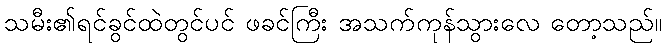
သမီး၏ရင်ခွင်ထဲတွင်ပင် ဖခင်ကြီး အသက်ကုန်သွားလေ တော့သည်။